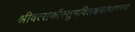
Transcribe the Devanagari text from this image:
श्रीवत्सकौस्तुभविलक्षणलक्षणस्य